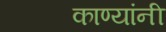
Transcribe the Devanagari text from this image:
काण्यांनी